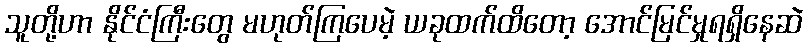
သူတို့ဟာ နိုင်ငံကြီးတွေ မဟုတ်ကြပေမဲ့ ယခုထက်ထိတော့ အောင်မြင်မှုရရှိနေဆဲ